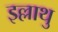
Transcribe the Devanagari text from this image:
इल्लाथु